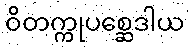
ဝိတက္ကုပစ္ဆေဒါယ